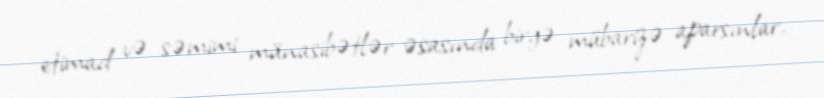
etimad və səmimi münasibətlər əsasında birgə mübarizə aparsınlar.